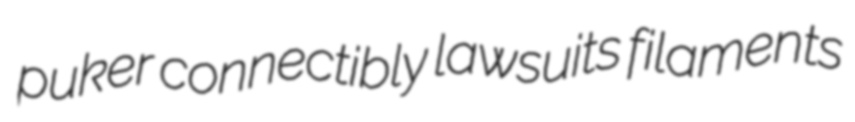
puker connectibly lawsuits filaments